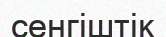
сенгіштік